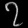
Digit: ၇